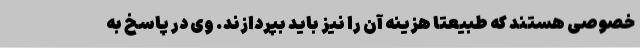
خصوصی هستند که طبیعتا هزینه آن را نیز باید بپردازند. وی در پاسخ به